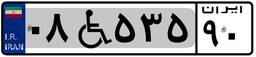
۰۸W۵۳۵۹۰